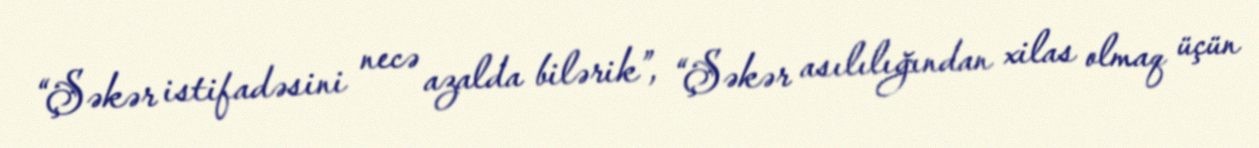
“Şəkər istifadəsini necə azalda bilərik”, “Şəkər asılılığından xilas olmaq üçün